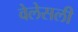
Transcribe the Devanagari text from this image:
वेलेसली